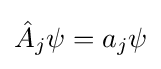
{\hat {A}}_{j}\psi =a_{j}\psi